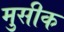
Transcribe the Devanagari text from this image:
मुसीक